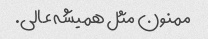
ممنون مثل همیشه عالی.